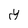
Character: y